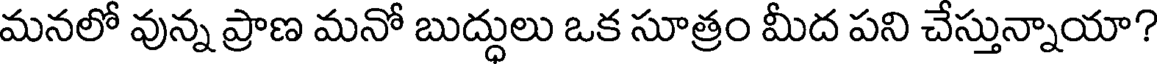
మనలో వున్న ప్రాణ మనో బుద్ధులు ఒక సూత్రం మీద పని చేస్తున్నాయా?